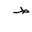
Letter: _da